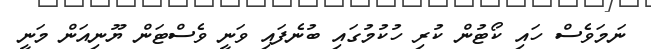
ނަމަވެސް ހައި ކޯޓުން ކުރި ހުކުމުގައި ބުނެފައި ވަނީ ވެސްޓަން ޔޫނިއަން މަނީ